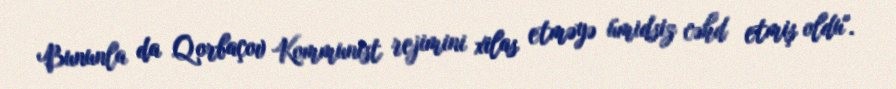
Bununla da Qorbaçov Kommunist rejimini xilas etməyə ümidsiz cəhd etmiş oldu".